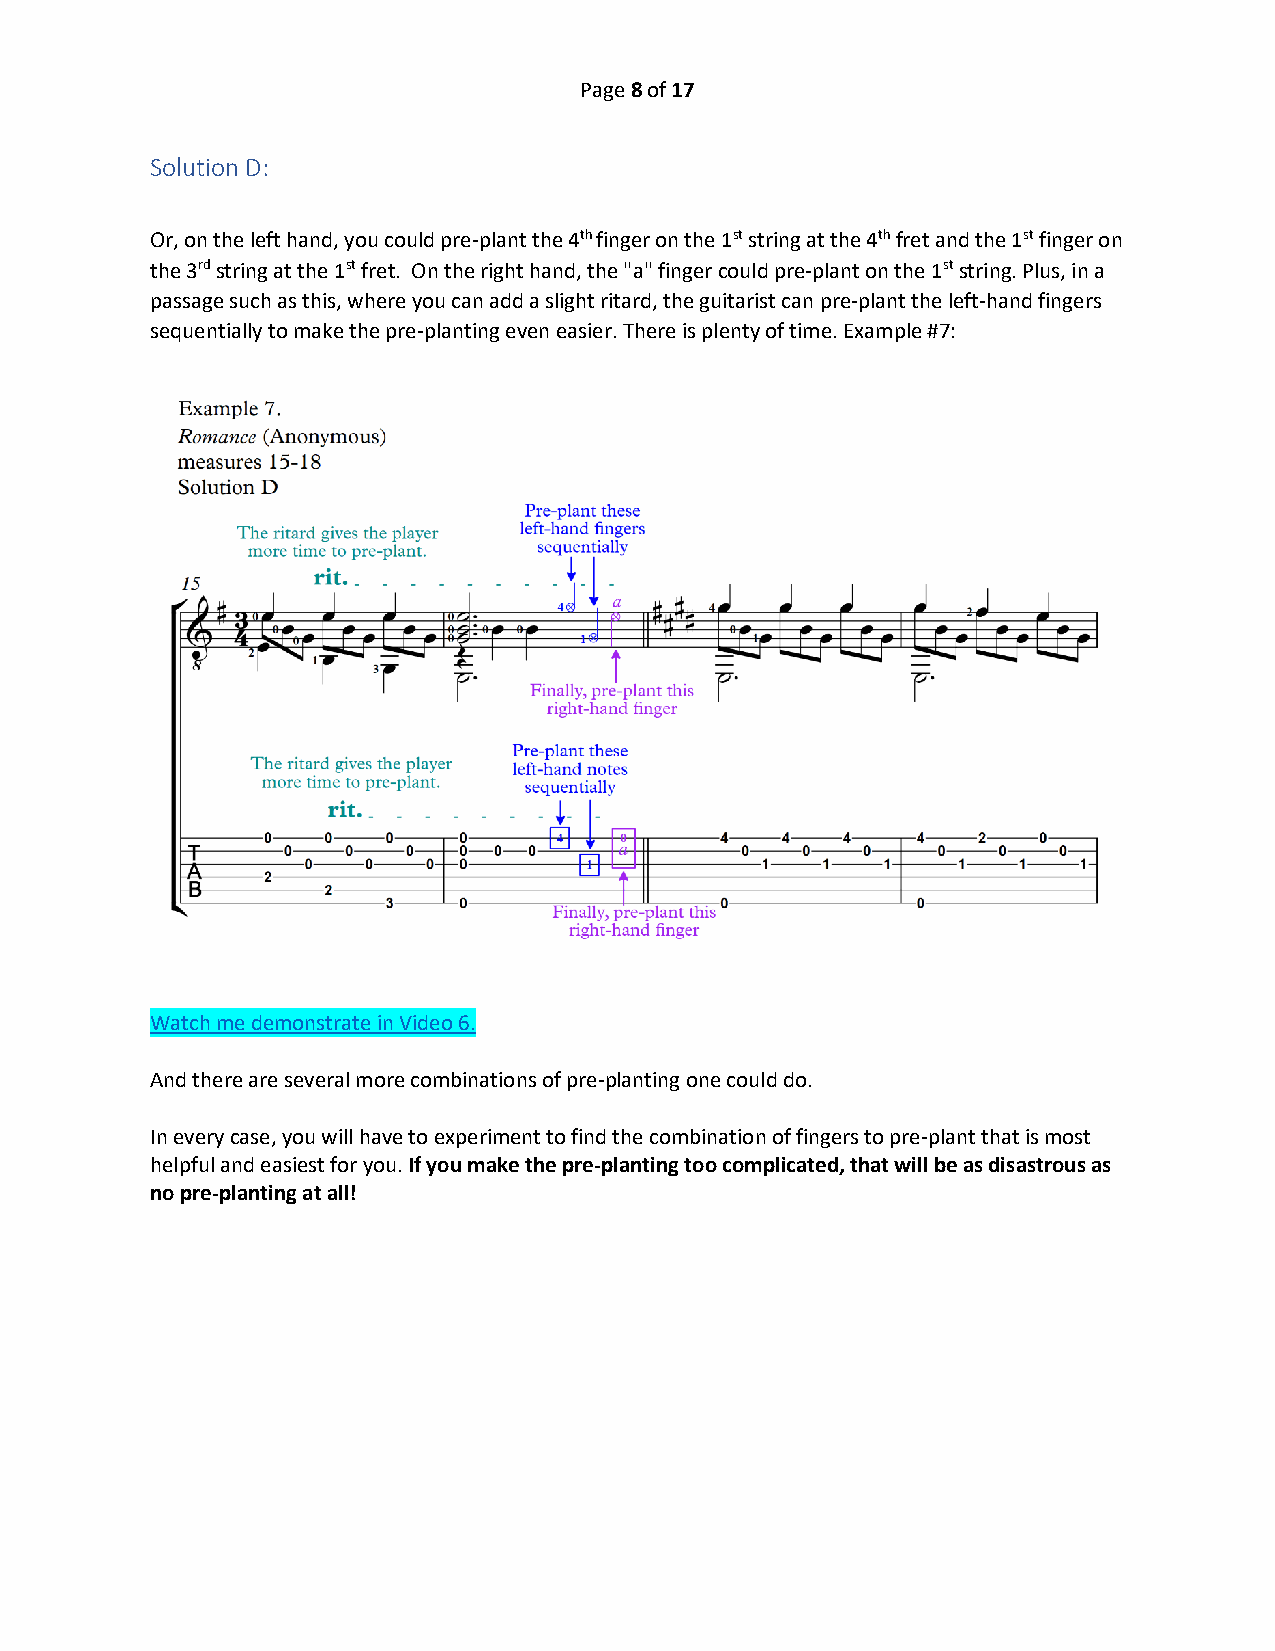
Page 8 of 17
 Solution D:
 Or, on the left hand, you could pre-plant the 4th finger on the 1st string at the 4th fret and the 1st finger on
 the 3rd string at the 1st fret. On the right hand, the "a" finger could pre-plant on the 1st string. Plus, in a
 passage such as this, where you can add a slight ritard, the guitarist can pre-plant the left-hand fingers
 sequentially to make the pre-planting even easier. There is plenty of time. Example #7:
 Watch me demonstrate in Video 6.
 And there are several more combinations of pre-planting one could do.
 In every case, you will have to experiment to find the combination of fingers to pre-plant that is most
 helpful and easiest for you. If you make the pre-planting too complicated, that will be as disastrous as
 no pre-planting at all!